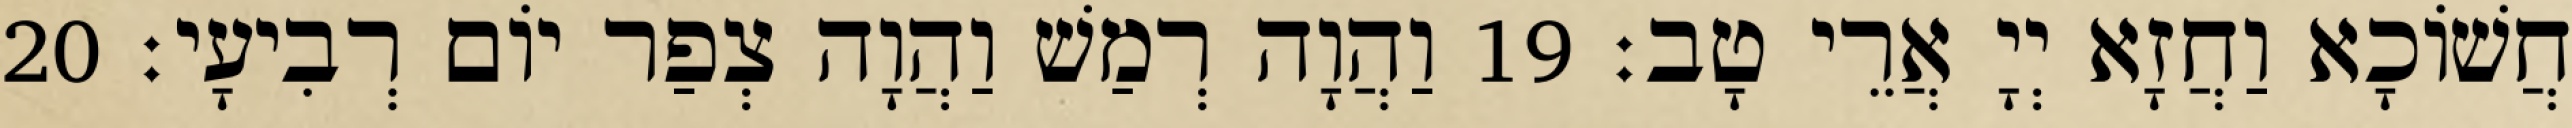
חֲשׁוֹכָא וַחֲזָא יְיָ אֲרֵי טָב׃ 19 וַהֲוָה רְמַשׁ וַהֲוָה צְפַר יוֹם רְבִיעָי׃ 20